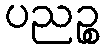
ပညဉ္စ